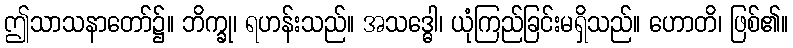
ဤသာသနာတော်၌။ ဘိက္ခု၊ ရဟန်းသည်။ အသဒ္ဓေါ၊ ယုံကြည်ခြင်းမရှိသည်။ ဟောတိ၊ ဖြစ်၏။